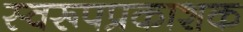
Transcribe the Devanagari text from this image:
स्वरूपप्रकाशक